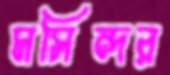
মসিন্দর